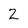
Character: 2